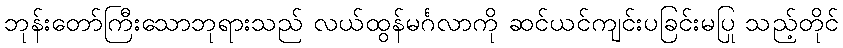
ဘုန်းတော်ကြီးသောဘုရားသည် လယ်ထွန်မင်္ဂလာကို ဆင်ယင်ကျင်းပခြင်းမပြု သည့်တိုင်